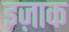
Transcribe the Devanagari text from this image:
इज़ाक